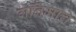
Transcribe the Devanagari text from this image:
गनिमाचे